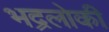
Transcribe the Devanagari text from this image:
भद्रलोकी